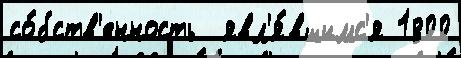
со́бств'енность  явл'я́вшимс'я 1800